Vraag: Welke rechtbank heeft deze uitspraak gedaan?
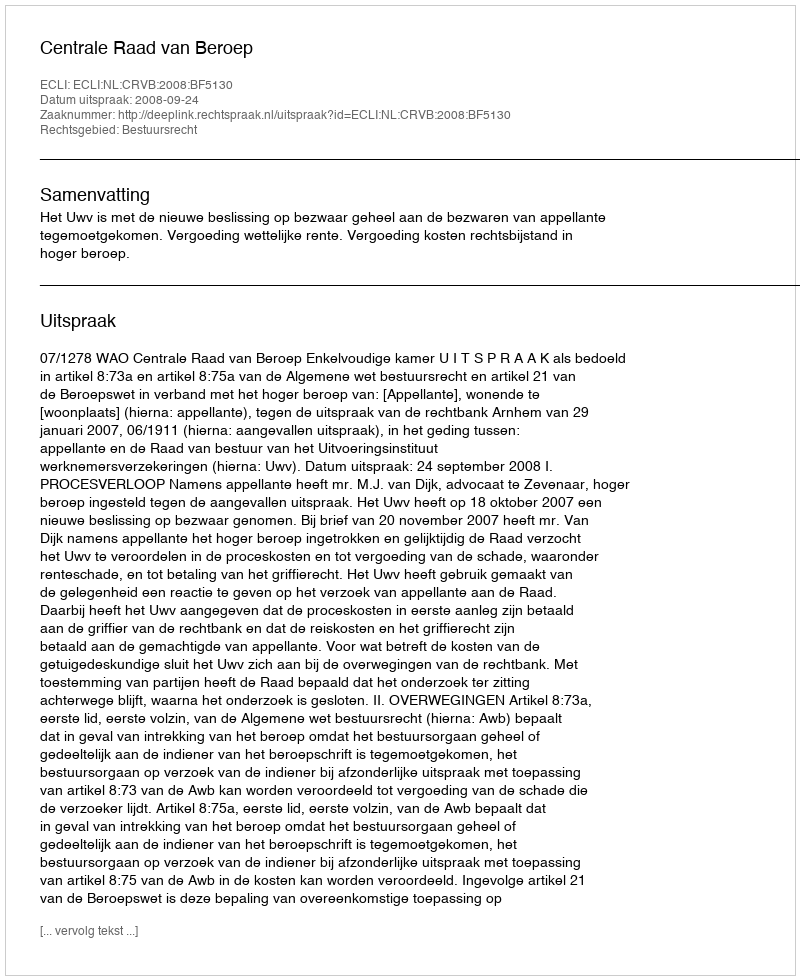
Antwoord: Centrale Raad van Beroep